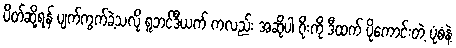
ပိတ်ဆို့ရန် ပျက်ကွက်ခဲ့သလို ရူဘင်ဒီယက် ကလည်း အဆိုပါ ဂိုးကို ဒီထက် ပိုကောင်းတဲ့ ပုံစံနဲ့